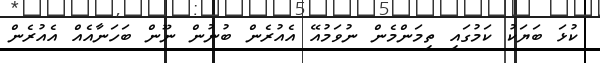
ކުޅަ ބަޔަކު ކަމުގައި ތިމަންމެން ނުވަމުއޭ އެއުރެން ބުނުން ނޫން ބަހަނާއެއް އެއުރެން